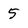
Character: 5